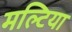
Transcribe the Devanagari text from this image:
मल्टिया